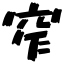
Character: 窄